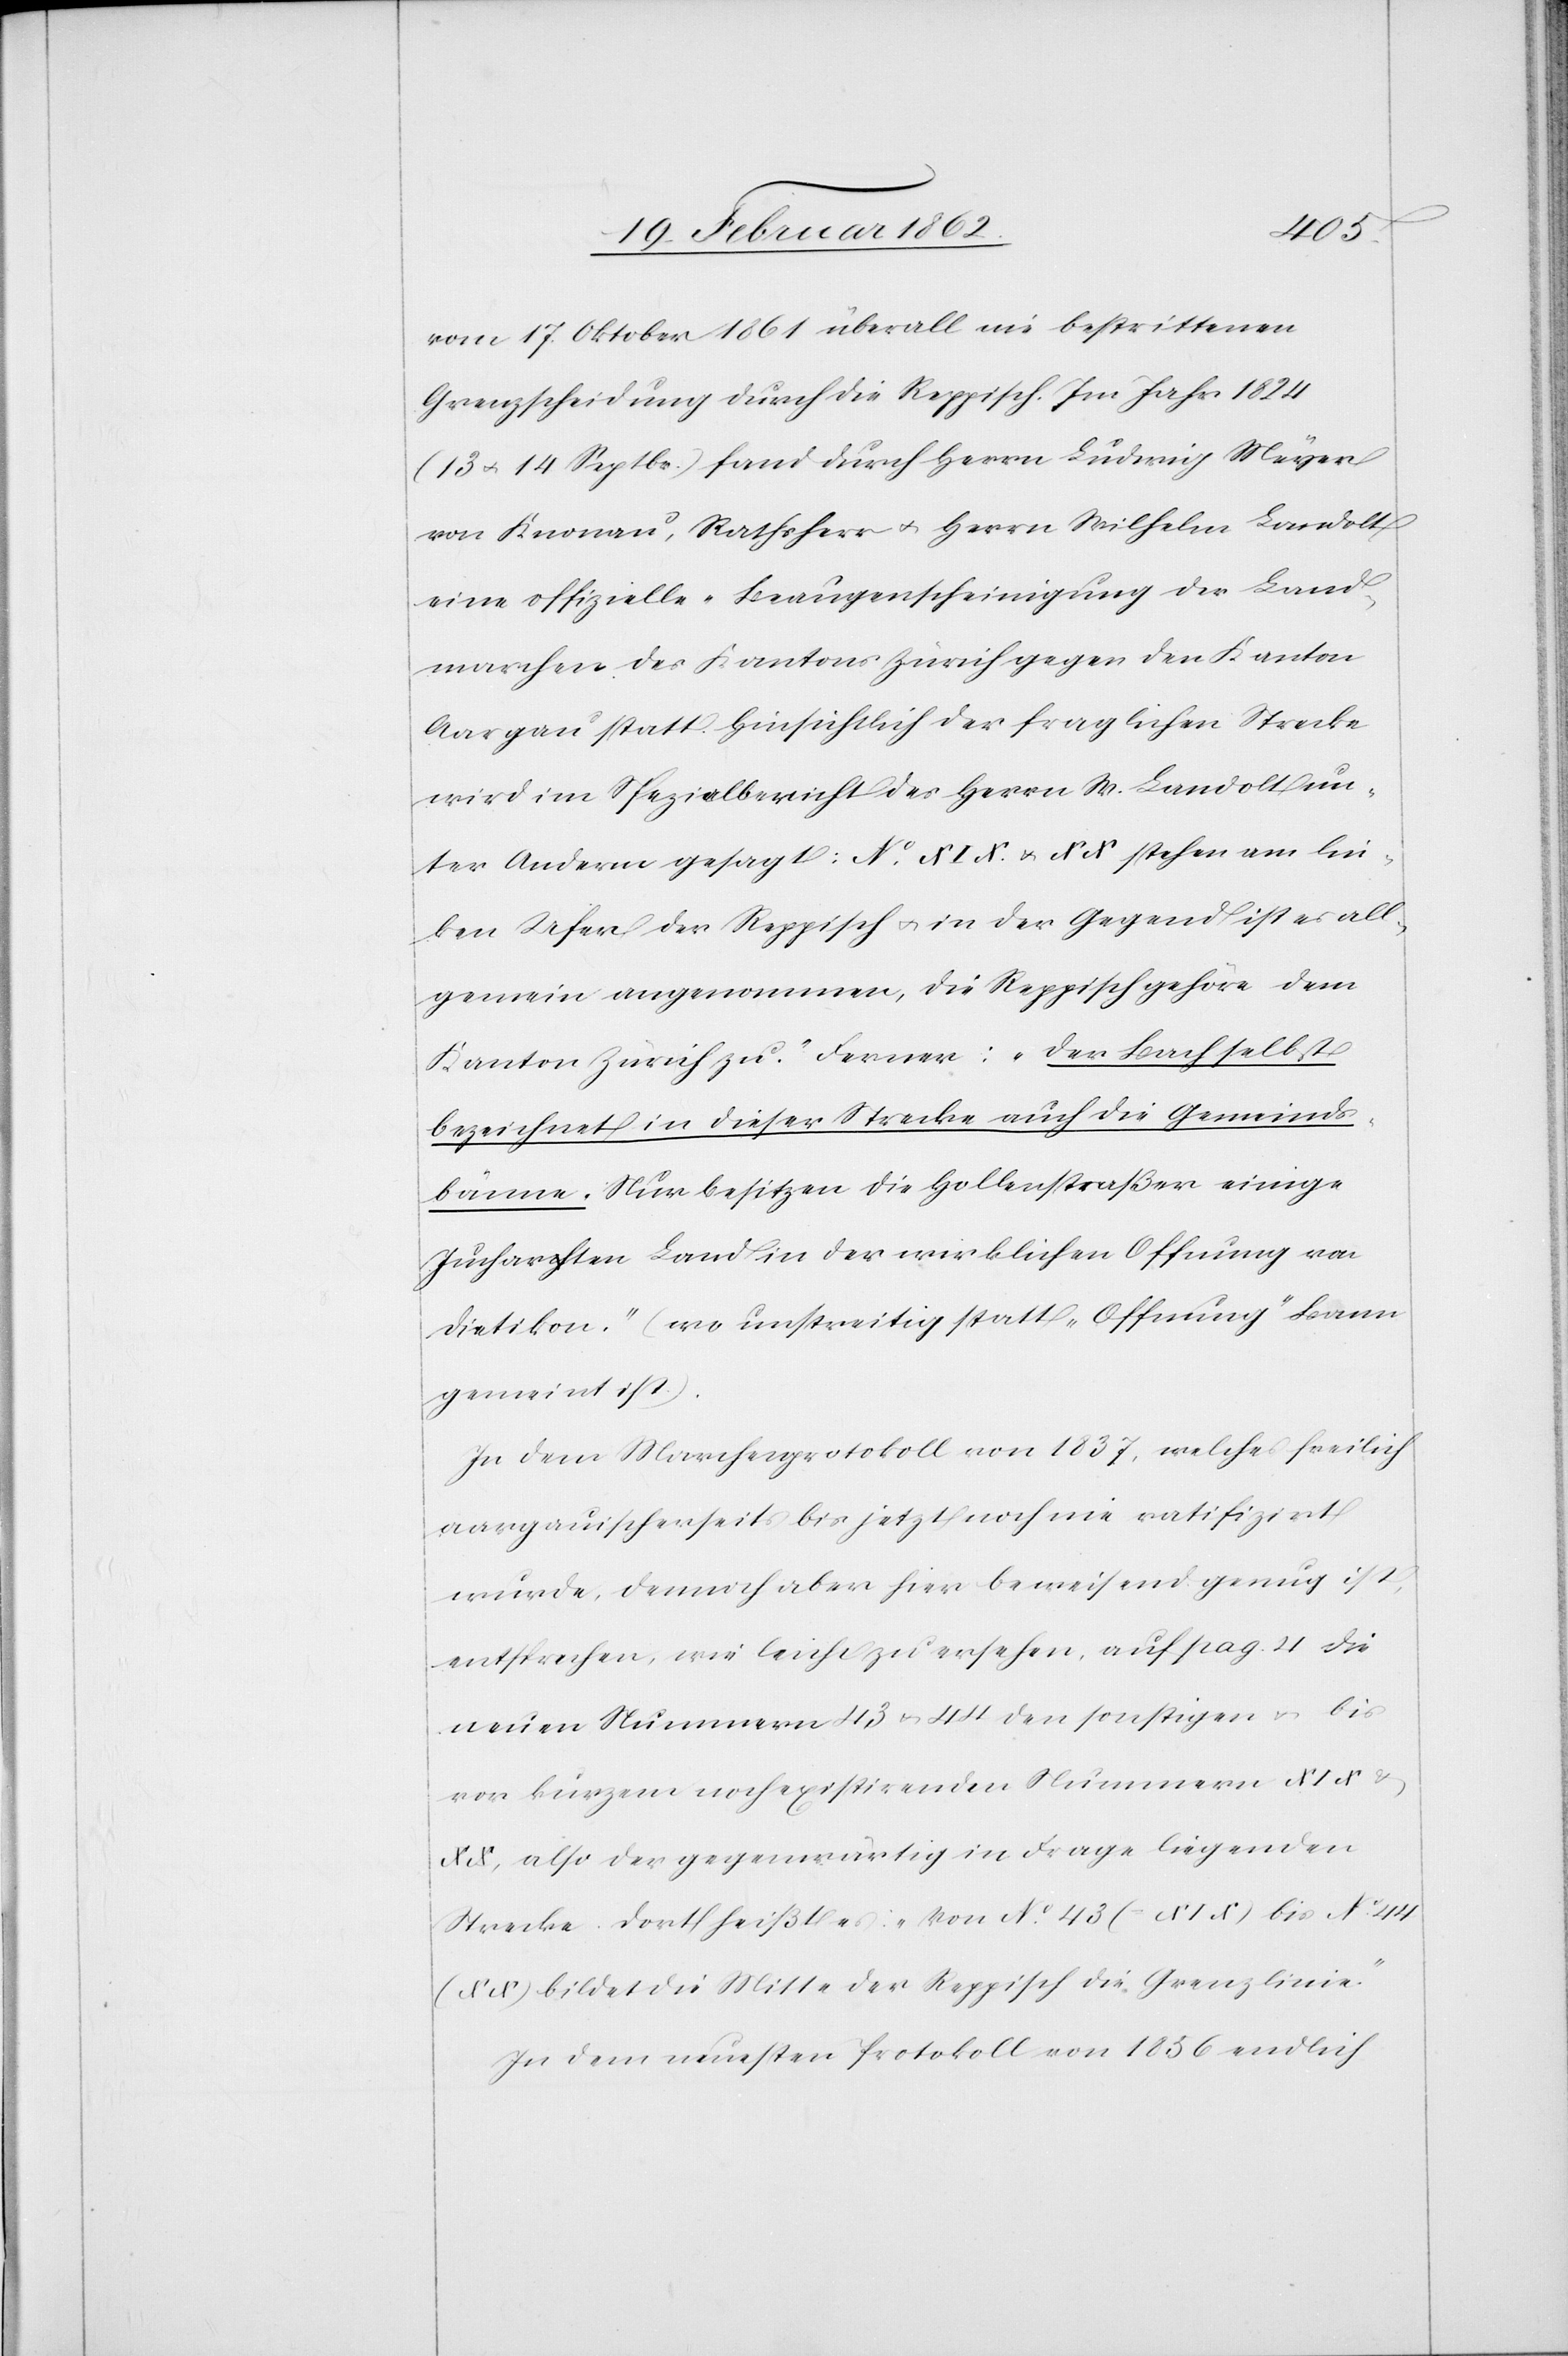
vom 17. Oktober 1861 überall nie bestrittenen
Grenzscheidung durch die Reppisch. Im Jahr 1824
(13 u. 14 Septbr.) fand durch Herrn Ludwig Meyer
von Knonau, Rathsherr u. Herrn Wilhelm Landolt
eine offizielle Beaugenscheinigung der Land¬
marchen des Kantons Zürich gegen den Kanton
Aargau statt. Hinsichtlich der fraglichen Strecke
wird im Spezialbericht des Herrn W. Landolt un¬
ter Anderm gesagt: „No. XIX. u. XX stehen am lin¬
ken Ufer der Reppisch u. in der Gegend ist es all¬
gemein angenommen, die Reppisch gehöre dem
Kanton Zürich zu.“ Ferner: „Der Bach selbst
bezeichnet in dieser Strecke auch die Gemeinds¬
bänne. Nur besitzen die Hollenstraßer einige
Jucharten Land in der wirklichen Offnung von
Dietikon.“ (wo unstreitig statt „Offnung“ Bann
gemeint ist).
In dem Marchenprotokoll von 1837, welches freilich
aargauischerseits bis jetzt noch nie ratifizirt
wurde, dennoch aber hier beweisend genug ist,
entsprechen, wie leicht zu ersehen, auf pag. 4 die
neuen Nummern 43 u. 44 den sonstigen u. bis
vor kurzem noch existirenden Nummern XIX &
XX, also der gegenwärtig in Frage liegenden
Strecke. Dort heißt es: „Von No. 43 (XIX) bis No. 44
(XX) bildet die Mitte der Reppisch die Grenzlinie.“
In dem neuesten Protokoll von 1856 endlich